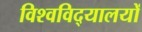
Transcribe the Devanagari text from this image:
विश्‍वविद्‌यालयों